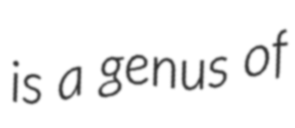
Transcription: is a genus of